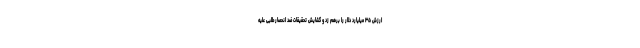
ارزش ۳۵ میلیارد دلار را برهم زد و گشایش تحقیقات ضد انحصارطلبی علیه